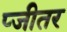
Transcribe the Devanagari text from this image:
प्जीतर